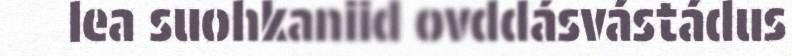
lea suohkaniid ovddásvástádus